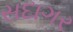
સદાગર